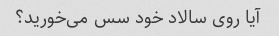
آیا روی سالاد خود سس می‌خورید؟